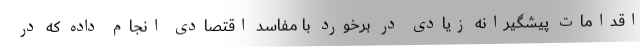
اقدامات پیشگیرانه زیادی در برخورد با مفاسد اقتصادی انجام داده که در